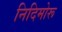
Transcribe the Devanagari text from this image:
निदिमोरू